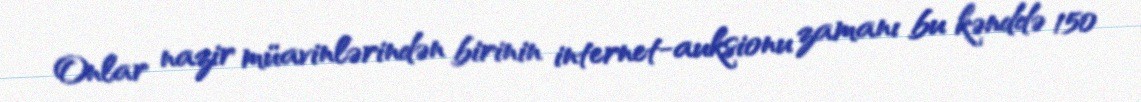
Onlar nazir müavinlərindən birinin internet-auksionu zamanı bu kənddə 150